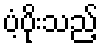
ပံ့ပိုးသည့်